Annual report on the working of the lock hospitals in the North-Western Provinces and Oudh
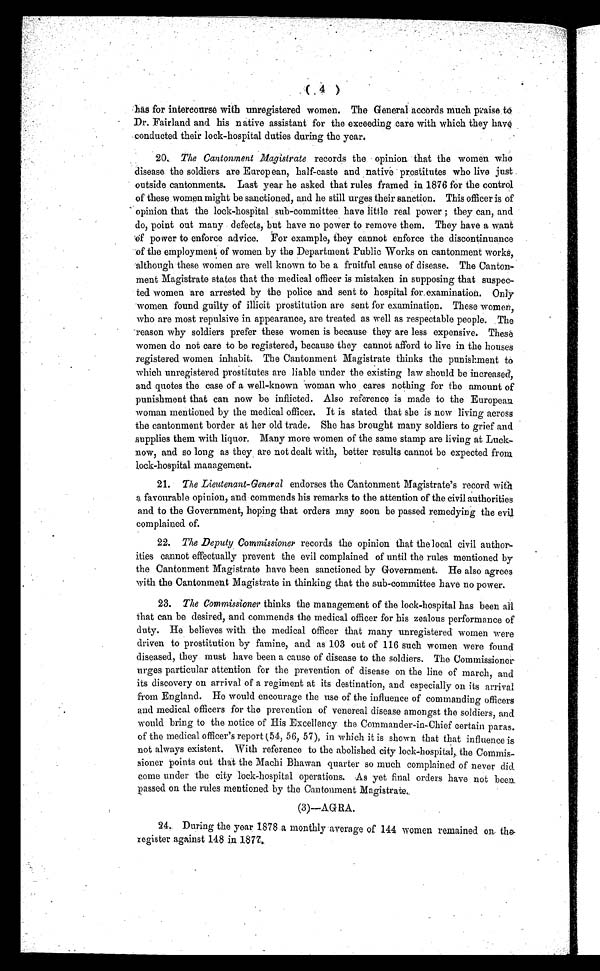
(
4
)
has for intercourse with unregistered women. The General accords much praise to
Dr. Fairland and his native assistant for the exceeding care with which they have
conducted their lock-hospital duties during the year.
20.. The Cantonment Magistrate records the opinion that the women who
disease the soldiers are European, half-caste and native prostitutes who live just
outside cantonments. Last year he asked that rules framed in 1876 for the control
of these women might be sanctioned, and he still urges their sanction. This officer is of
opinion that the lock-hospital sub-committee have little real power ; they can, and
do, point out many defects, but have no power to remove them. They have a want
of power to enforce advice. For example, they cannot enforce the discontinuance
of the employment of women by the Department Public Works on cantonment works,
although these women are well known to be a fruitful cause of disease. The Canton-
ment Magistrate states that the medical officer is mistaken in supposing that suspec-
ted women are arrested by the police and sent to hospital for examination. Only
women found guilty of illicit prostitution are sent for examination. These women,
who are most repulsive in appearance, are treated as well as respectable people. The
reason why soldiers prefer these women is because they are less expensive. These
women do not care to be registered, because they cannot afford to live in the houses
registered women inhabit. The Cantonment Magistrate thinks the punishment to
which unregistered prostitutes are liable under the existing law should be increased,
and quotes the case of a well-known woman who cares nothing for the amount of
punishment that can now be inflicted. Also reference is made to the European
woman mentioned by the medical officer. It is stated that she is now living across
the cantonment border at her old trade. She has brought many soldiers to grief and
supplies them with liquor. Many more women of the same stamp are living at Luck-
now, and so long as they are not dealt with, better results cannot be expected from
lock-hospital management.
21. The Lieutenant-General endorses the Cantonment Magistrate's record with
a favourable opinion, and commends his remarks to the attention of the civil authorities
and to the Government, hoping that orders may soon be passed remedying the evil
complained of.
22. The Deputy Commissioner records the opinion that the local civil author-
ities cannot effectually prevent the evil complained of until the rules mentioned by
the Cantonment Magistrate have been sanctioned by Government. He also agrees
with the Cantonment Magistrate in thinking that the sub-committee have no power.
23. The Commissioner thinks the management of the lock-hospital has been all
that can be desired, and commends the medical officer for his zealous performance of
duty. He believes with the medical officer that many unregistered women were
driven to prostitution by famine, and as 103 out of 116 such women were found
diseased, they must have been a cause of disease to the soldiers. The Commissioner
urges particular attention for the prevention of disease on the line of march, and
its discovery on arrival of a regiment at its destination, and especially on its arrival
from England. He would encourage the use of the influence of commanding officers
and medical officers for the prevention of venereal disease amongst the soldiers, and
would bring to the notice of His Excellency the Commander-in-Chief certain paras.
of the medical officer's report (54, 56, 57), in which it is shown that that influence is
not always existent, With reference to the abolished city lock-hospital, the Commis-
sioner points out that the Machi Bhawan quarter so much complained of never did
come under the city lock-hospital operations. As yet final orders have not beer
passed on the rules mentioned by the Cantonment Magistrate.
(3)—AGRA.
24. During the year 1878 a monthly average of 144 women remained on- the-
register against 148 in 1877.